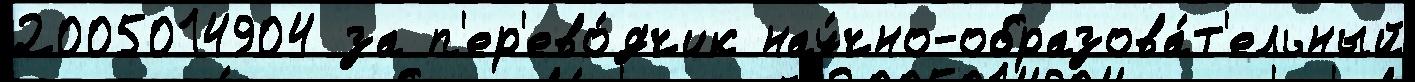
2005014904 за п'ер'ево́дчик нау́чно-образова́т'ельный